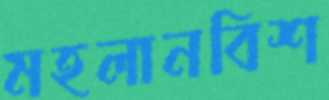
মহলানবিশ